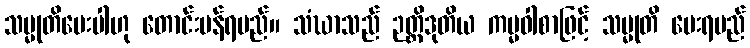
သမ္မုတိပေးပါဟု တောင်းပန်ရမည်။ သံဃာသည် ဉတ္တိဒုတိယ ကမ္မဝါစာဖြင့် သမ္မုတိ ပေးရမည်